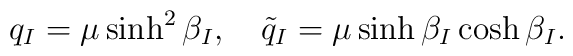
q_I=\mu \sinh^2\beta_I, \quad \tilde q_I =\mu \sinh\beta_I \cosh\beta_I.